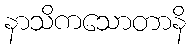
နာသိကသောတာနိ